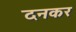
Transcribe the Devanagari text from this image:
दनकर